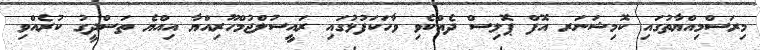
މިރަސްމިއްޔާތުގައި ކޮމިޝަނަރ އޮފް ޕޮލިސް ދެއްކެވި ވާހަކަފުޅުގައި ރައީސުލްޖުމްހޫރިއްޔާ އިއްޔެ ތަސްދީގު ކުރެއްވި